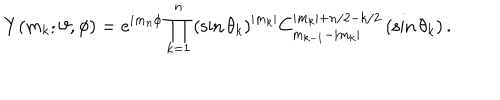
LaTeX: Y ( m _ { k } ; \vartheta , \phi ) = e ^ { i m _ { n } \phi } \prod _ { k = 1 } ^ { n } \left( \sin \theta _ { k } \right) ^ { | m _ { k } | } C _ { m _ { k - 1 } - | m _ { k } | } ^ { | m _ { k } | + n / 2 - k / 2 } \left( \sin \theta _ { k } \right) .